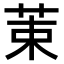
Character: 𫇿